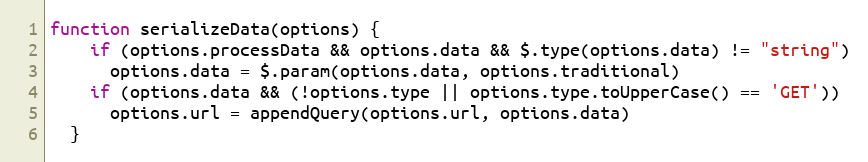
Language: JavaScript
function serializeData(options) {
    if (options.processData && options.data && $.type(options.data) != "string")
      options.data = $.param(options.data, options.traditional)
    if (options.data && (!options.type || options.type.toUpperCase() == 'GET'))
      options.url = appendQuery(options.url, options.data)
  }